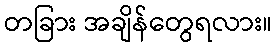
တခြား အချိန်တွေရလား။